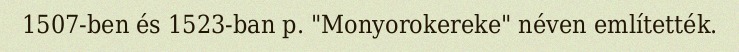
1507-ben és 1523-ban p. "Monyorokereke" néven említették.